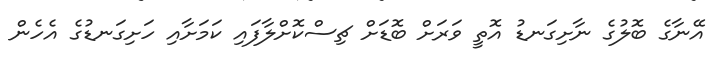
އޭނާގެ ބޮލުގެ ނާށިގަނޑު އޮތީ ވަރަށް ބޮޑަށް ޗިސްކޮށްލާފައި ކަމަށާއި ހަށިގަނޑުގެ އެހެން